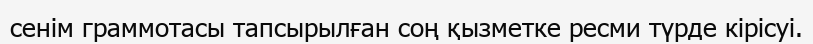
сенім граммотасы тапсырылған соң қызметке ресми түрде кірісуі.